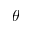
\theta